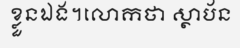
ខ្លួនឯង។លោកថា ស្ថាប័ន